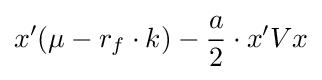
x'(\mu -r_{f}\cdot k)-{\frac {a}{2}}\cdot x'Vx